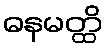
ဓနမတ္ထိ